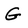
Character: G